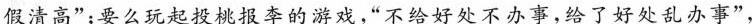
假清高”；要么玩起投桃报李的游戏，”不给好处不办事，给了好处乱办事”，